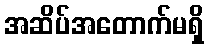
အဆိပ်အတောက်မရှိ